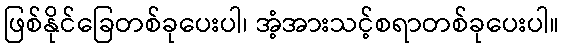
ဖြစ်နိုင်ခြေတစ်ခုပေးပါ၊ အံ့အားသင့်စရာတစ်ခုပေးပါ။